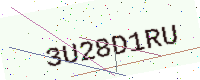
Text: 3U28D1RU